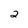
Character: 2